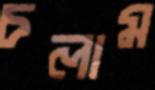
চলাম